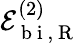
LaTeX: \mathcal{E}_{\mathrm{~b~i~},\mathrm{~R~}}^{(2)}